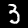
Label: 3